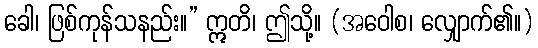
ခေါ၊ ဖြစ်ကုန်သနည်း။” ဣတိ၊ ဤသို့။ (အဝေါစ၊ လျှောက်၏။)